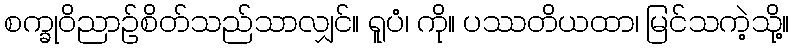
စက္ခုဝိညာဉ်စိတ်သည်သာလျှင်။ ရူပံ၊ ကို။ ပဿတိယထာ၊ မြင်သကဲ့သို့။